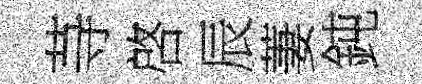
䒭啓辰萋鈍